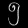
Digit: ၅